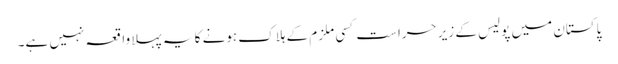
پاکستان میں پولیس کے زیرِ حراست کسی ملزم کے ہلاک ہونے کا یہ پہلا واقعہ نہیں ہے۔